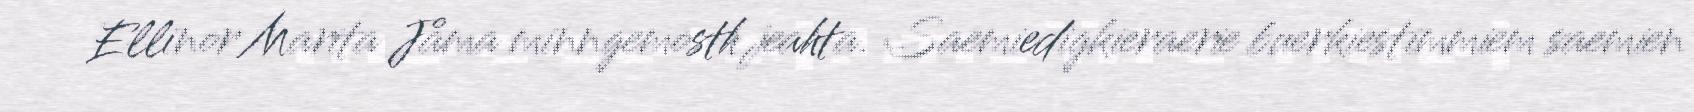
Ellinor Marita Jåma minngemosth jeahta. Saemiedigkieraerie buerkiestimmiem saemien